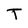
Character: T